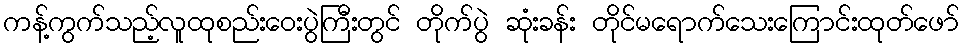
ကန့်ကွက်သည့်လူထုစည်းဝေးပွဲကြီးတွင် တိုက်ပွဲ ဆုံးခန်း တိုင်မရောက်သေးကြောင်းထုတ်ဖော်